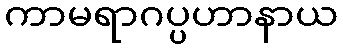
ကာမရာဂပ္ပဟာနာယ